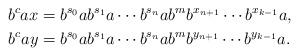
LaTeX: \begin{align*}b^cax&=b^{s_0}ab^{s_1}a\cdots b^{s_n}ab^mb^{x_{n+1}}\cdots b^{x_{k-1}}a,\\ b^cay&=b^{s_0}ab^{s_1}a\cdots b^{s_n}ab^mb^{y_{n+1}}\cdots b^{y_{k-1}}a.\end{align*}